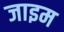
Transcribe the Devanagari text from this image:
जाइम